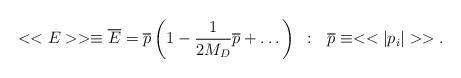
LaTeX: \begin{align*}<<E>>\equiv {\overline E} = {\overline p}\left(1 -\frac{1}{2M_D}{\overline p} + \dots \right)~:~~{\overline p} \equiv <
>.\end{align*}